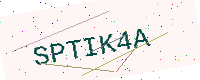
Text: SPTIK4A